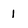
Character: 1